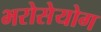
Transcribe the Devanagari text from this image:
भरोसेयोग